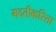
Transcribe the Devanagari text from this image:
मदतीकरिता